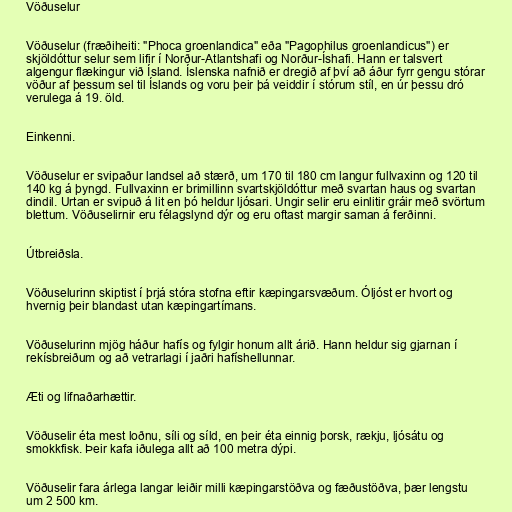
Vöðuselur

Vöðuselur (fræðiheiti: "Phoca groenlandica" eða "Pagophilus groenlandicus") er
skjöldóttur selur sem lifir í Norður-Atlantshafi og Norður-Íshafi. Hann er talsvert
algengur flækingur við Ísland. Íslenska nafnið er dregið af því að áður fyrr gengu stórar
vöður af þessum sel til Íslands og voru þeir þá veiddir í stórum stíl, en úr þessu dró
verulega á 19. öld.

Einkenni.

Vöðuselur er svipaður landsel að stærð, um 170 til 180 cm langur fullvaxinn og 120 til
140 kg á þyngd. Fullvaxinn er brimillinn svartskjöldóttur með svartan haus og svartan
dindil. Urtan er svipuð á lit en þó heldur ljósari. Ungir selir eru einlitir gráir með svörtum
blettum. Vöðuselirnir eru félagslynd dýr og eru oftast margir saman á ferðinni.

Útbreiðsla.

Vöðuselurinn skiptist í þrjá stóra stofna eftir kæpingarsvæðum. Óljóst er hvort og
hvernig þeir blandast utan kæpingartímans.

Vöðuselurinn mjög háður hafís og fylgir honum allt árið. Hann heldur sig gjarnan í
rekísbreiðum og að vetrarlagi í jaðri hafíshellunnar.

Æti og lifnaðarhættir.

Vöðuselir éta mest loðnu, síli og síld, en þeir éta einnig þorsk, rækju, ljósátu og
smokkfisk. Þeir kafa iðulega allt að 100 metra dýpi.

Vöðuselir fara árlega langar leiðir milli kæpingarstöðva og fæðustöðva, þær lengstu
um 2 500 km.